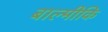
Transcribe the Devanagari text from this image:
बाल्‍मीकि